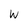
Character: W